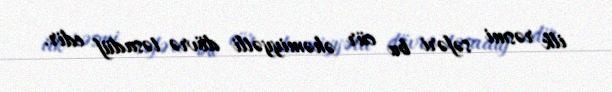
ilk rəsmi səfəri bu cür əhəmiyyətli dövrə təsadüf edir.